Lunatic asylums United Prov. 1922-30 - 1922-1930
Year: 1922
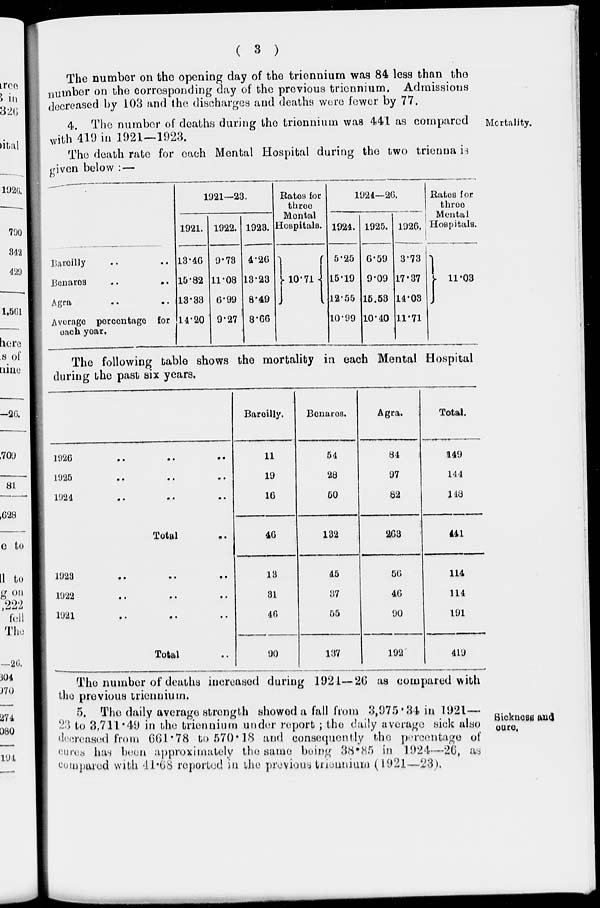
( 3 )
The number on the opening day of the triennium was 84 less than the
number on the corresponding day of the previous triennium. Admissions
decreased by 103 and the discharges and deaths were fewer by 77.
Mortality.
4. The number of deaths during the triennium was 441 as compared
with 419 in 1921—1923.
The death rate for each Mental Hospital during the two trienna is
given below :—
Bareilly .. ..
Benares
..
..
Agra .. ..
Average persentage for
each year.
1921—23.
1921.
13.46
15.82
13.38
14.20
1922.
9.73
11.08
6.99
9.27
1923.
4.26
13.23
8.49
8.66
Rates for
three
Mental
Hospitals.
10.71
1924—26.
1924.
5.25
15.19
12.55
10.99
1925.
6.59
9.09
15.58
10.40
1926.
3.73
17.37
14.03
11.71
Rates for
three
Mental
Hospitals.
11.03
The following table shows the mortality in each Mental Hospital
during the past six years.
1926 .. .. ..
1925 .. .. ..
1924 .. .. ..
Total ..
1923 .. .. ..
1922 .. .. ..
1921 .. .. ..
Total ..
Bareilly.
11
19
16
46
13
31
40
90
Benares.
54
28
50
132
45
37
55
137
Agra.
84
97
82
263
56
46
90
192
Total.
149
144
148
441
114
114
191
419
The number of deaths increased during 1921—26 as compared with
the previous triennium.
Sickness and
cure.
5. The daily average strength showed a fall from 3,975.84 in 1921—
23 to 3,711.49 in the triennium under report ; the daily average sick also
decreased from 661.78 to 570.18 and consequently the percentage of
cures has been approximately the same being 38.85 in 1924—26, as
compared with 41.68 reported in the previous triennium (1921—23).